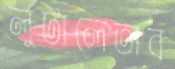
লুটালেভাব